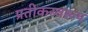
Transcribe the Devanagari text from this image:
प्रतीकस्वरूप